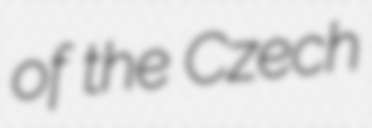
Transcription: of the Czech